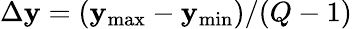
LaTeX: \Delta\mathbf{y}=(\mathbf{y}_{\operatorname*{max}}-\mathbf{y}_{\operatorname*{min}})/(Q-1)